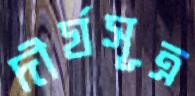
দীর্ঘসূত্র